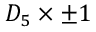
D _ { 5 } \times \pm 1